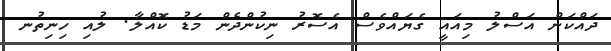
ދައްކަން އަސްލު މިއައީ ގެޔައްވެސް އެސޮރު ނިކުންދެން މަޑު ކޮއްލާ. ލުއި ހިނިތުނ